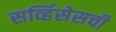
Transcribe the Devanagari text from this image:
सर्व्हिसेसची